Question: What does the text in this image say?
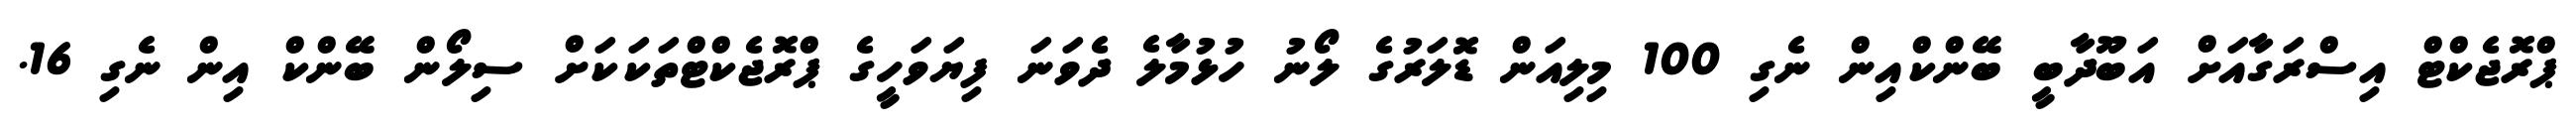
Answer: ޕްރޮޖެކްޓް އިސްރަގާއަށް އަބޫދާބީ ބޭންކްއިން ނެގި 100 މިލިއަން ޑޮލަރުގެ ލޯނު ހުޅުމާލެ ދެވަނަ ފިޔަވަހީގެ ޕްރޮޖެކްޓްތަކަކަށް ސިލޯން ބޭންކް އިން ނެގި 16.